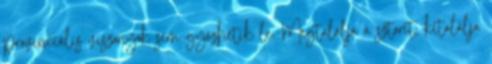
provinciális viszonyok sem győzhetik le. Megtalálja a sztorit, kitalálja